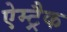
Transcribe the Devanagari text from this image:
ऐम्ट्रैक